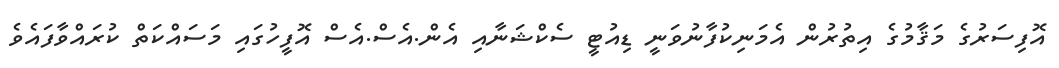
އޮފިސަރުގެ މަޤާމުގެ އިތުރުން އެމަނިކުފާނުވަނީ ޑިއުޓީ ސެކްޝަނާއި އެން.އެސް.އެސް އޮފީހުގައި މަސައްކަތް ކުރައްވާފައެވެ